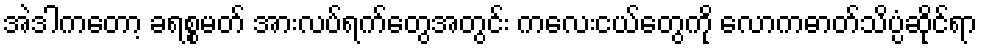
အဲဒါကတော့ ခရစ္စမတ် အားလပ်ရက်တွေအတွင်း ကလေးငယ်တွေကို လောကဓာတ်သိပ္ပံဆိုင်ရာ